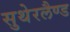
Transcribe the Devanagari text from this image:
सुथेरलैण्ड